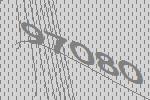
97080